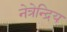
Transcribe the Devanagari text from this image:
नेत्रेन्द्रिय